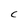
Character: C